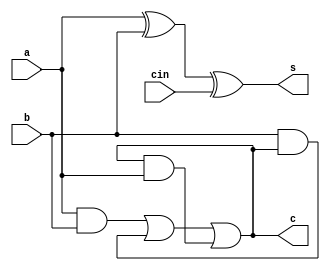
`timescale 1ns / 1ps
//////////////////////////////////////////////////////////////////////////////////
// Company: 
// Engineer: 
// 
// Design Name: 
// Module Name:    adderbehavioural 
// Project Name: 
// Target Devices: 
// Tool versions: 
// Description: 
//
// Dependencies: 
//
// Revision: 
// Revision 0.01 - File Created
// Additional Comments: 
//
//////////////////////////////////////////////////////////////////////////////////
module structuraladder(a,b,cin,s,c);
input a,b,cin;
output reg s,c;
always @ (a,b,cin)
begin
s=a^b^cin;
c=(a&b)|(b&c)|(c&a);
end
endmodule